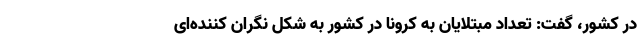
در کشور،‌ گفت: تعداد مبتلایان به کرونا در کشور به شکل نگران کننده‌ای